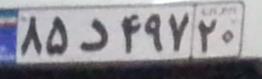
۸۵د۴۹۷۲۰